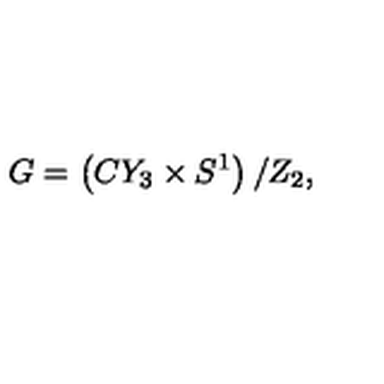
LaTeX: G = \left( C Y _ { 3 } \times S ^ { 1 } \right) / Z _ { 2 } ,